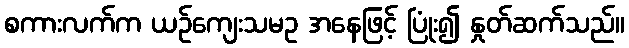
စကားလက်က ယဉ်ကျေးသမဥ အနေဖြင့် ပြုံး၍ နှုတ်ဆက်သည်။